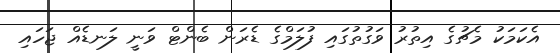
އެކަމަކު މެޗުގެ އިތުރު ވަގުތުގައި ފުލަމްގެ ޑެރަން ބެންޓް ވަނީ ލަނޑެއް ޖަހައި